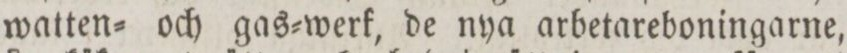
watten= och gas=werk, de nya arbetareboningarne,